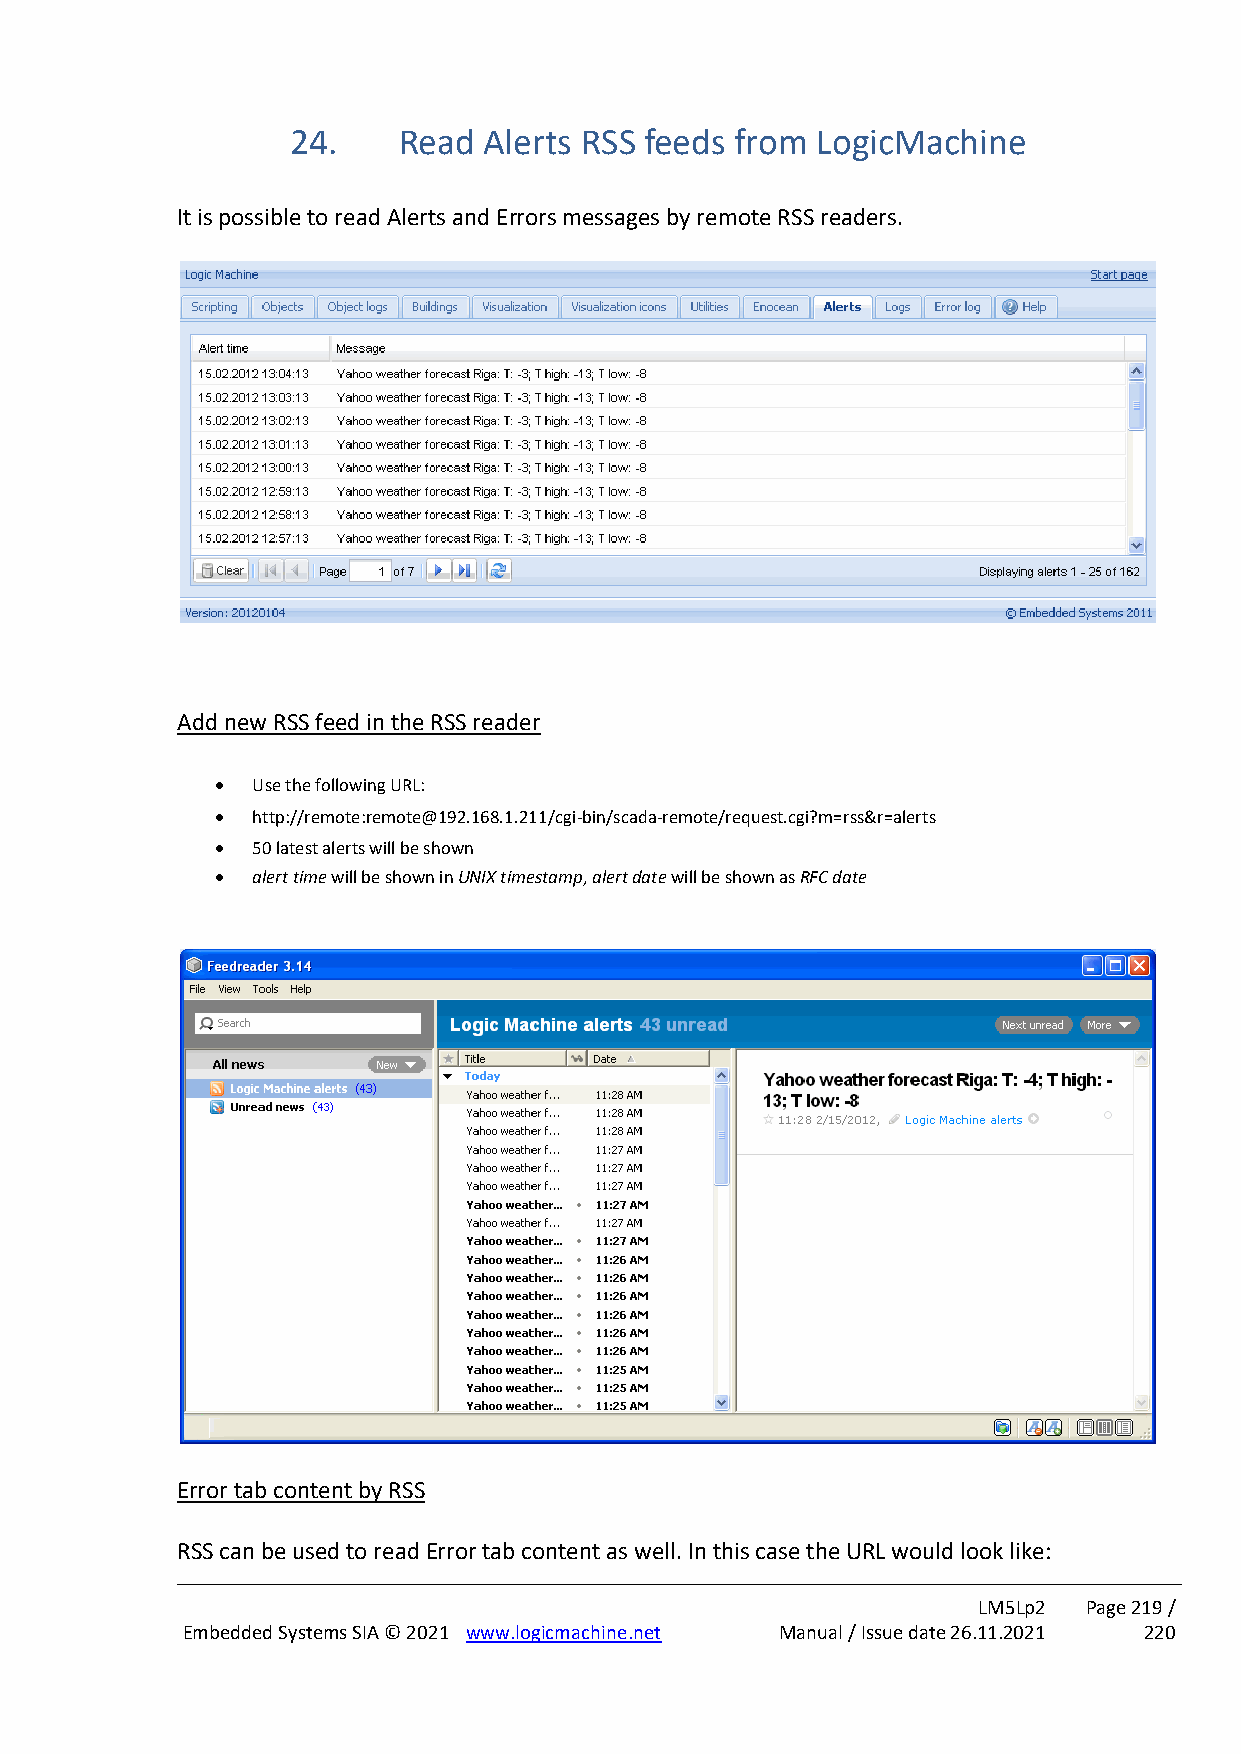
24.    Read  Alerts RSS feeds from LogicMachine
 It is possible to read Alerts and Errors messages by remote RSS readers.
 Add new RSS feed in the RSS reader
 •  Use the following URL:
 •  http://remote:remote@192.168.1.211/cgi-bin/scada-remote/request.cgi?m=rss&r=alerts
 •  50 latest alerts will be shown
 •  alert time will be shown in UNIX timestamp, alert date will be shown as RFC date
 Error tab content by RSS
 RSS can be used to read Error tab content as well. In this case the URL would look like:
 LM5Lp2 Page 219 /
 Embedded Systems SIA © 2021 www.logicmachine.net Manual / Issue date 26.11.2021 220